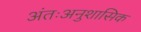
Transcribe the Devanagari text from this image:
अंतःअनुशासिक